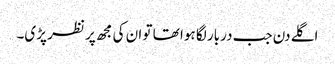
اگلے دن جب دربار لگا ہوا تھا تو ان کی مجھ پر نظر پڑی۔